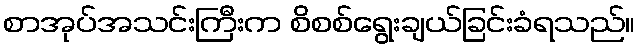
စာအုပ်အသင်းကြီးက စိစစ်ရွေးချယ်ခြင်းခံရသည်။